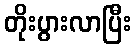
တိုးပွားလာပြီး